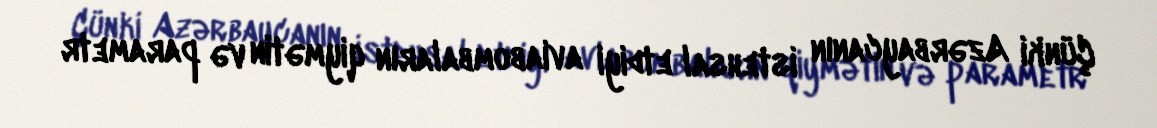
Çünki Azərbaycanın istehsal etdiyi aviabombaların qiymətin və parametr